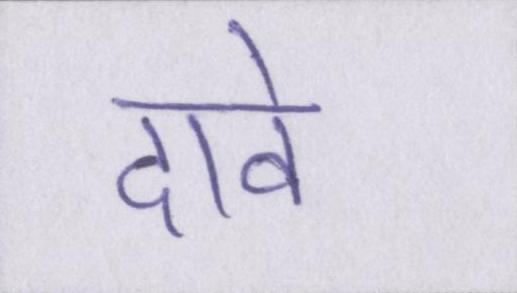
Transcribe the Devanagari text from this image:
दावे